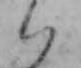
ハ